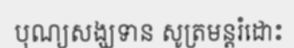
បុណ្យសង្ឃទាន សូត្រមន្តរំដោះ